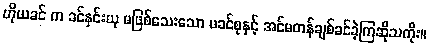
ဟိုယခင် က ခင်နှင်းယု မဖြစ်သေးသော မခင်စုနှင့် အင်မတန်ချစ်ခင်ခဲ့ကြဆိုသကိုး။